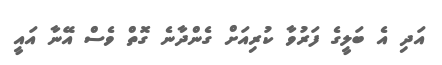
އަދި އެ ބަލީގެ ފަރުވާ ކުރިއަށް ގެންދާނެ ގޮތް ވެސް އޭނާ އައީ